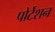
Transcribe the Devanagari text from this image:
पोर्टेशन